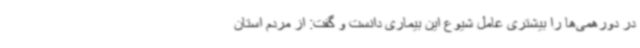
در دورهمی‌ها را بیشتری عامل شیوع این بیماری دانست و گفت: از مردم استان